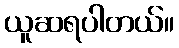
ယူဆရပါတယ်။